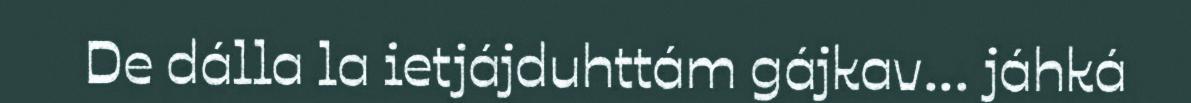
De dálla la ietjájduhttám gájkav... jáhká